Lunatic asylums Central Provinces reports 1886-1894 - 1886-1894
Year: 1886
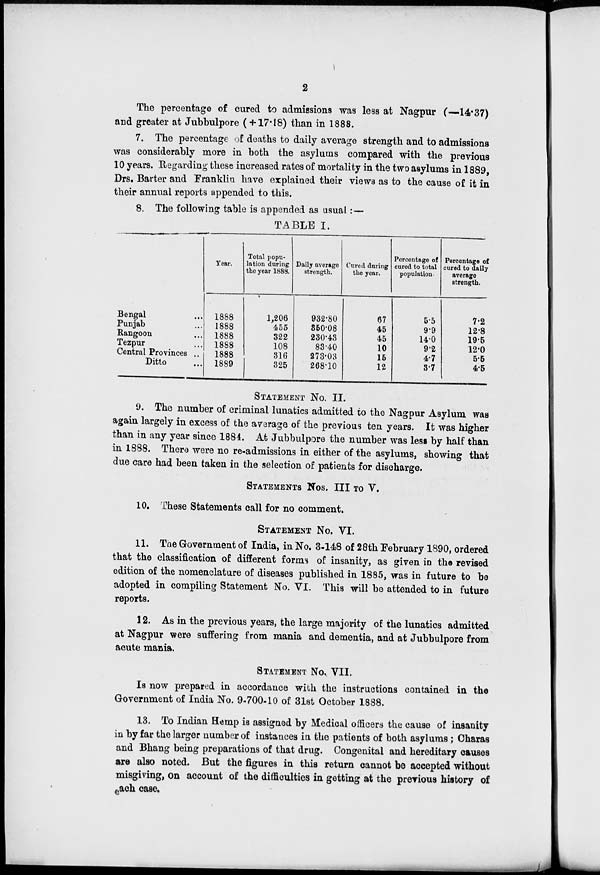
2
The percentage of cured to admissions was less at Nagpur (—14.37)
and greater at Jubbulpore (+ 17.18) than in 1888.
7. The percentage of deaths to daily average strength and to admissions
was considerably more in both the asylums compared with the previous
10 years. Regarding these increased rates of mortality in the two asylums in 1889,
Drs. Barter and Franklin have explained their views as to the cause of it in
their annual reports appended to this.
8. The following table is appended as usual:—
TABLE I.
Bengal ...
Punjab ...
Rangoon ...
Tezpur ...
Central Provinces ..
Ditto ...
Year.
1888
1888
1888
1888
1888
1889
Total popu-
lation during
the year 1888.
1,206
455
322
108
316
325
Daily average
strength.
932.80
350.08
230.43
83.40
273.03
268.10
Cured during
the year.
67
45
45
10
15
12
Percentage of
cured to total
population.
5.5
9.9
14.0
9.2
4.7
3.7
Percentage of
cured to daily
average
strength.
7.2
12.8
19.5
12.0
5.5
4.5
STATEMENT No. II.
9. The number of criminal lunatics admitted to the Nagpur Asylum was
again largely in excess of the average of the previous ten years. It was higher
than in any year since 1884. At Jubbulpore the number was less by half than
in 1888. There were no re-admissions in either of the asylums, showing that
due care had been taken in the selection of patients for discharge.
STATEMENTS Nos. III TO V.
10. These Statements call for no comment.
STATEMENT No. VI.
11. The Government of India, in No. 3-148 of 28th February 1890, ordered
that the classification of different forms of insanity, as given in the revised
edition of the nomenclature of diseases published in 1885, was in future to be
adopted in compiling Statement No. VI. This will be attended to in future
reports.
12. As in the previous years, the large majority of the lunatics admitted
at Nagpur were suffering from mania and dementia, and at Jubbulpore from
acute mania.
STATEMENT No. VII.
Is now prepared in accordance with the instructions contained in the
Government of India No. 9-700-10 of 31st October 1888.
13. To Indian Hemp is assigned by Medical officers the cause of insanity
in by far the larger number of instances in the patients of both asylums; Charas
and Bhang being preparations of that drug. Congenital and hereditary causes
are also noted. But the figures in this return cannot be accepted without
misgiving, on account of the difficulties in getting at the previous history of
each case.